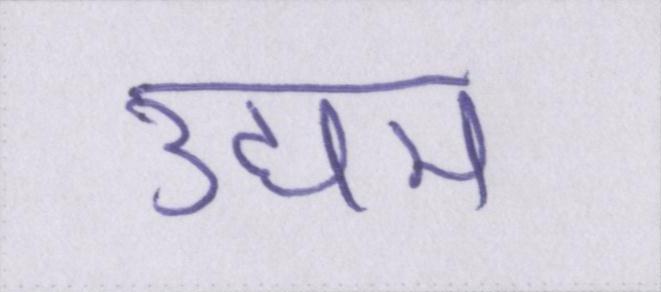
उद्यम